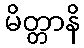
မိတ္တာနိ